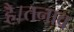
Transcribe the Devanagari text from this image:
है।तनाव